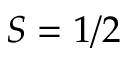
S = 1 / 2